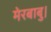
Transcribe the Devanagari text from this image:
मेरबाबु।